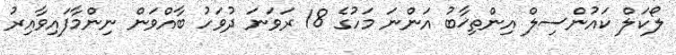
ލޯކަލް ކައުންސިލް އިންތިޚާބު އަންނަ މަހުގެ 18 ރަވަނަ ދުވަހު ބާއްވަން ނިންމާފައިވާއިރު